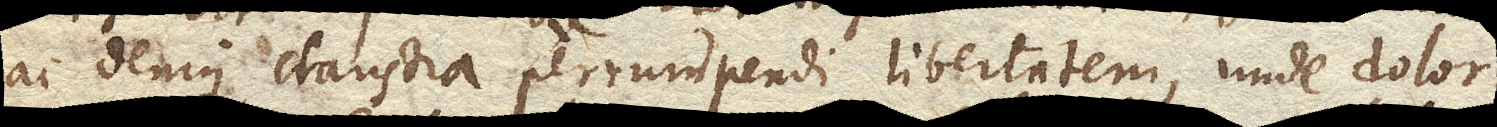
ac denique claustra perrumpendi libertatem, unde dolor.